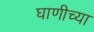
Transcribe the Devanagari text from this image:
घाणीच्या